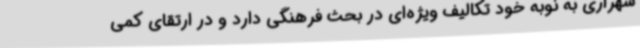
شهراری به نوبه خود تکالیف ویژه‌ای در بحث فرهنگی دارد و در ارتقای کمی